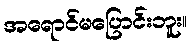
အရောင်မပြောင်းဘူး။